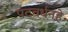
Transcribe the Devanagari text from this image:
पटवर्धनहे